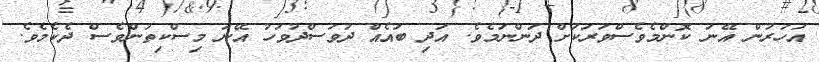
އަހަރުން އޭނަ ކޮންމެވެސްވަރަކަށް ދަންނަމެވެ. އަދި ބައެއް ދުވަސްދުވަހު އޭނަ މިސްކިތުންވެސް ދެކެމެވެ.